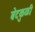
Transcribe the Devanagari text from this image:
बेटकुळी